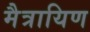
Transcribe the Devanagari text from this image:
मैत्रायिण